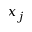
x _ { j }